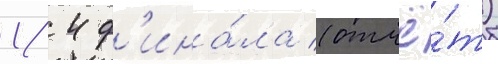
1/ 4 ф'ина́ла (отчё́т)